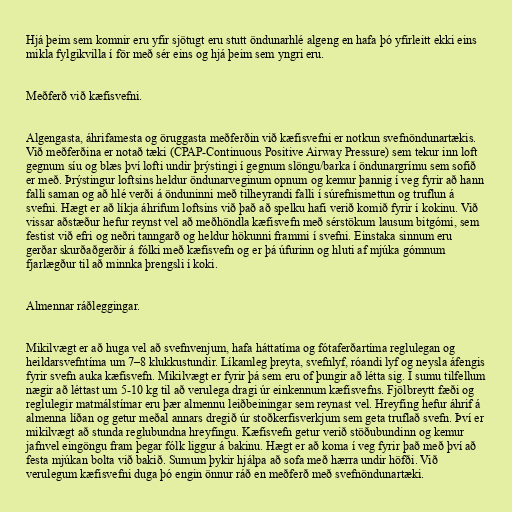
Hjá þeim sem komnir eru yfir sjötugt eru stutt öndunarhlé algeng en hafa þó yfirleitt ekki eins
mikla fylgikvilla í för með sér eins og hjá þeim sem yngri eru.

Meðferð við kæfisvefni.

Algengasta, áhrifamesta og öruggasta meðferðin við kæfisvefni er notkun svefnöndunartækis.
Við meðferðina er notað tæki (CPAP-Continuous Positive Airway Pressure) sem tekur inn loft
gegnum síu og blæs því lofti undir þrýstingi í gegnum slöngu/barka í öndunargrímu sem sofið
er með. Þrýstingur loftsins heldur öndunarveginum opnum og kemur þannig í veg fyrir að hann
falli saman og að hlé verði á önduninni með tilheyrandi falli í súrefnismettun og truflun á
svefni. Hægt er að líkja áhrifum loftsins við það að spelku hafi verið komið fyrir í kokinu. Við
vissar aðstæður hefur reynst vel að meðhöndla kæfisvefn með sérstökum lausum bitgómi, sem
festist við efri og neðri tanngarð og heldur hökunni frammi í svefni. Einstaka sinnum eru
gerðar skurðaðgerðir á fólki með kæfisvefn og er þá úfurinn og hluti af mjúka gómnum
fjarlægður til að minnka þrengsli í koki.

Almennar ráðleggingar.

Mikilvægt er að huga vel að svefnvenjum, hafa háttatíma og fótaferðartíma reglulegan og
heildarsvefntíma um 7–8 klukkustundir. Líkamleg þreyta, svefnlyf, róandi lyf og neysla áfengis
fyrir svefn auka kæfisvefn. Mikilvægt er fyrir þá sem eru of þungir að létta sig. Í sumu tilfellum
nægir að léttast um 5-10 kg til að verulega dragi úr einkennum kæfisvefns. Fjölbreytt fæði og
reglulegir matmálstímar eru þær almennu leiðbeiningar sem reynast vel. Hreyfing hefur áhrif á
almenna líðan og getur meðal annars dregið úr stoðkerfisverkjum sem geta truflað svefn. Því er
mikilvægt að stunda reglubundna hreyfingu. Kæfisvefn getur verið stöðubundinn og kemur
jafnvel eingöngu fram þegar fólk liggur á bakinu. Hægt er að koma í veg fyrir það með því að
festa mjúkan bolta við bakið. Sumum þykir hjálpa að sofa með hærra undir höfði. Við
verulegum kæfisvefni duga þó engin önnur ráð en meðferð með svefnöndunartæki.